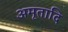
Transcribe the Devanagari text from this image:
अमृतादि